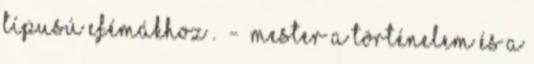
típusú efémákhoz . - Mester A Történelem és A